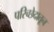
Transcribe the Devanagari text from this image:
परिच्छेदातून